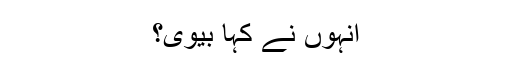
انہوں نے کہا بیوی؟